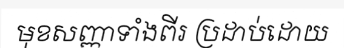
មុខសញ្ញាទាំងពីរ ប្រដាប់ដោយ